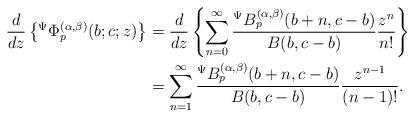
LaTeX: \begin{align*}\frac{d}{dz}\left\lbrace {}^{\Psi}\Phi_{p}^{(\alpha,\beta)}(b;c;z)\right\rbrace &=\frac{d}{dz}\left\lbrace \sum_{n=0}^{\infty}\frac{{}^{\Psi}B_{p}^{(\alpha,\beta)}(b+n,c-b)}{B(b,c-b)}\frac{z^{n}}{n!}\right\rbrace \\&=\sum_{n=1}^{\infty}\frac{{}^{\Psi}B_{p}^{(\alpha,\beta)}(b+n,c-b)}{B(b,c-b)}\frac{z^{n-1}}{(n-1)!}. \end{align*}